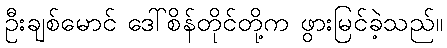
ဦးချစ်မောင် ဒေါ်စိန်တိုင်တို့က ဖွားမြင်ခဲ့သည်။